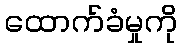
ထောက်ခံမှုကို